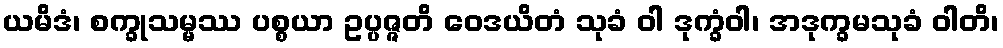
ယမိဒံ၊ စက္ခုသမ္မဿ ပစ္စယာ ဥပ္ပဇ္ဇတိ ဝေဒယိတံ သုခံ ဝါ ဒုက္ခံဝါ၊ အဒုက္ခမသုခံ ဝါတိ၊